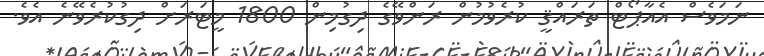
ނަމަވެސް އެއާޕޯޓް ތަރައްޤީ ކުރެވުމުން ރަންވޭގެ ދިގުމިން 1800 މީޓަރަށް ދިގުކުރެވޭނެ އެވެ.